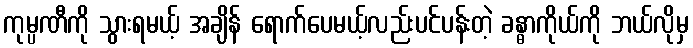
ကုမ္ပဏီကို သွားရမယ့် အချိန် ရောက်ပေမယ့်လည်းပင်ပန်းတဲ့ ခန္ဓာကိုယ်ကို ဘယ်လိုမှ